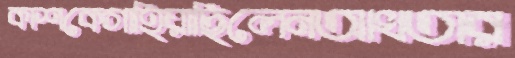
কাশকেগাহিয়াছিলেনআখতার